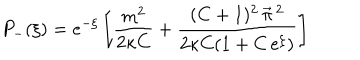
P _ { - } ( \xi ) = e ^ { - \xi } \left[ \frac { m ^ { 2 } } { 2 \kappa C } + \frac { ( C + 1 ) ^ { 2 } \, \vec { \pi } \, { } ^ { 2 } } { 2 \kappa C ( 1 + C \, e ^ { \xi } ) } \right]